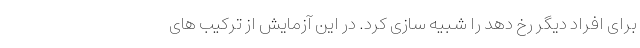
برای افراد دیگر رخ دهد را شبیه سازی کرد. در این آزمایش از ترکیب های